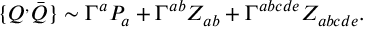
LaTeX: \{ Q ^ { , } \bar { Q } \} \sim \Gamma ^ { a } P _ { a } + \Gamma ^ { a b } Z _ { a b } + \Gamma ^ { a b c d e } Z _ { a b c d e } .